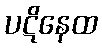
ပဋိနေထ